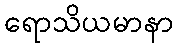
ရောသိယမာနာ